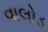
વાલોડ